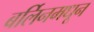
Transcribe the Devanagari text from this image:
बर्लिनमधून